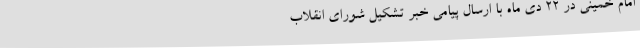
امام‌ خمینی‌ در 22 دی‌ ماه‌ با ارسال‌ پیامی‌ خبر تشکیل‌ شورای‌ انقلاب‌